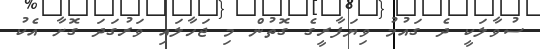
ސުވާލަކީ ދެ ގައުމު ވިޔަފާރީގެ ގޮތުން މި ޖަހާލައި ވަރުގަދަ ގޮށާ އެކު